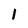
Character: 1